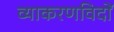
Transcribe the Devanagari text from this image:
व्याकरणविदों